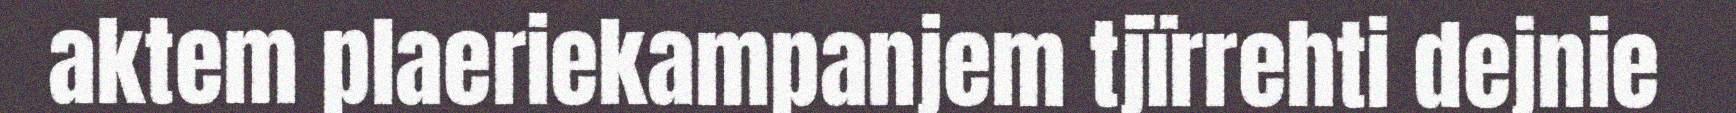
aktem plaeriekampanjem tjïrrehti dejnie